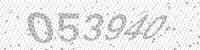
Solution: 053940